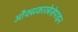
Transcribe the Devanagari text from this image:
औक्सकारबेज़ेपाइन